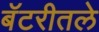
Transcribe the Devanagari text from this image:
बॅटरीतले